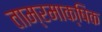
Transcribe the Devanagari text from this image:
ताम्रमाक्षिक